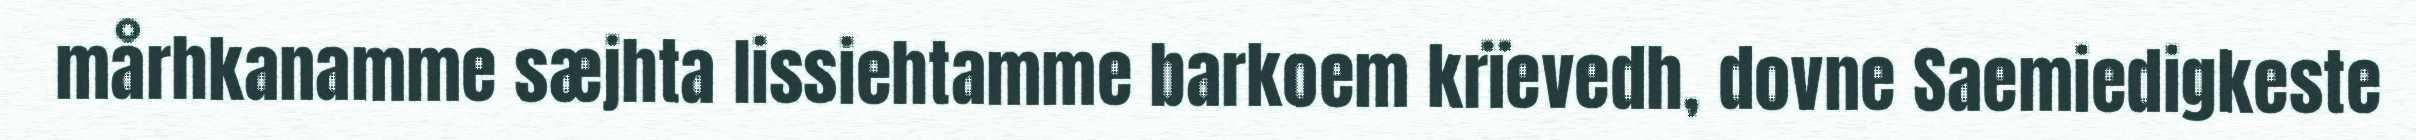
mårhkanamme sæjhta lissiehtamme barkoem krïevedh, dovne Saemiedigkeste